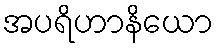
အပရိဟာနိယော